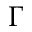
\Gamma